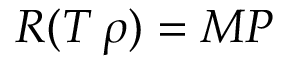
R ( T \, \rho ) = M P